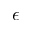
\epsilon